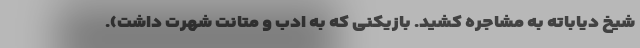
شیخ دیاباته به مشاجره کشید. بازیکنی که به ادب و متانت شهرت داشت).